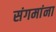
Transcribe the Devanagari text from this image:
संगमांना